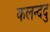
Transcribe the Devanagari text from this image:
कलन्ददु